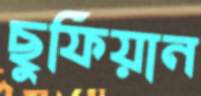
ছুফিয়ান